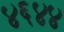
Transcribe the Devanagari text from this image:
४६४४